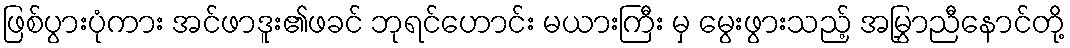
ဖြစ်ပွားပုံကား အင်ဖာဒူး၏ဖခင် ဘုရင်ဟောင်း မယားကြီး မှ မွေးဖွားသည့် အမြွှာညီနောင်တို့